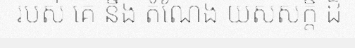
របស់ គេ នឹង តំណែង យសសក្តិ ដ៏